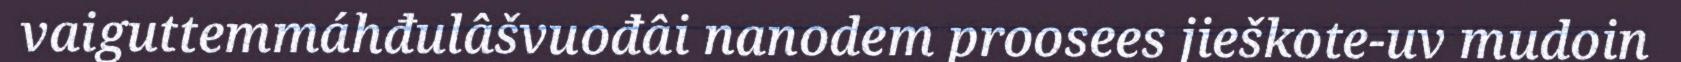
vaiguttemmáhđulâšvuođâi nanodem proosees jieškote-uv mudoin